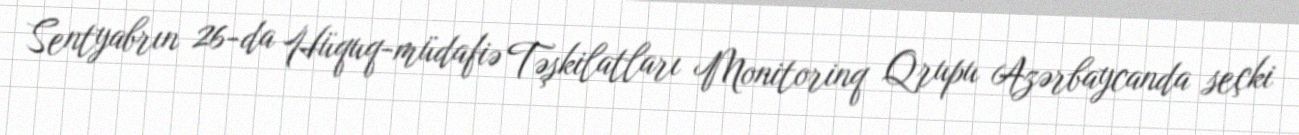
Sentyabrın 26-da Hüquq-müdafiə Təşkilatları Monitorinq Qrupu Azərbaycanda seçki